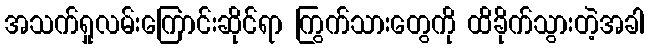
အသက်ရှုလမ်းကြောင်းဆိုင်ရာ ကြွက်သားတွေကို ထိခိုက်သွားတဲ့အခါ